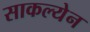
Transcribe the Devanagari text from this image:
साकल्येन